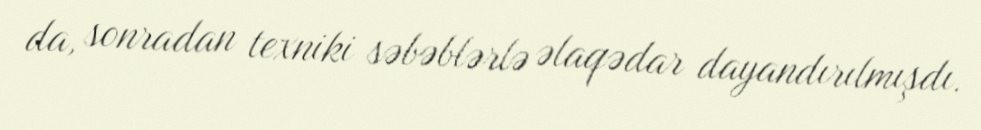
da, sonradan texniki səbəblərlə əlaqədar dayandırılmışdı.